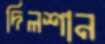
দিলশান